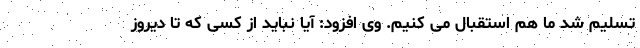
تسلیم شد ما هم استقبال می کنیم. وی افزود: آیا نباید از کسی که تا دیروز